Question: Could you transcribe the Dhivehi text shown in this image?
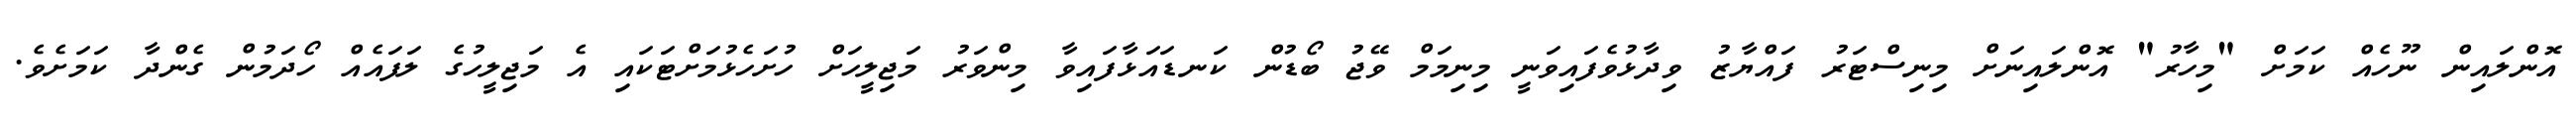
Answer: އޮންލައިން ނޫހެއް ކަމަށް "މިހާރު" އޮންލައިނަށް މިނިސްޓަރު ފައްޔާޒު ވިދާޅުވެފައިވަނީ މިނިމަމް ވޭޖު ބޯޑުން ކަނޑައަޅާފައިވާ މިންވަރު މަޖިލީހަށް ހުށަހެޅުމަށްޓަކައި އެ މަޖިލީހުގެ ލަފައެއް ހޯދަމުން ގެންދާ ކަމަށެވެ.